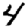
Digit: 4